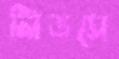
লিডসে